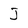
Character: J